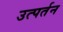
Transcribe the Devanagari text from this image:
उत्पर्तन